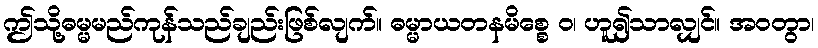
ဤသို့ဓမ္မမည်ကုန်သည်ချည်းဖြစ်လျက်။ ဓမ္မာယတနမိစ္စေ ဝ၊ ဟူ၍သာလျှင်။ အဝတွာ၊